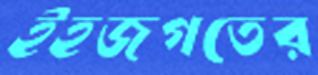
ইহজগতের